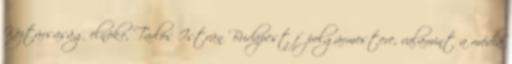
Köztársaság elnöke, Tarlós István Budapest főpolgármestere, valamint a média